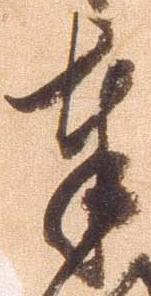
奉